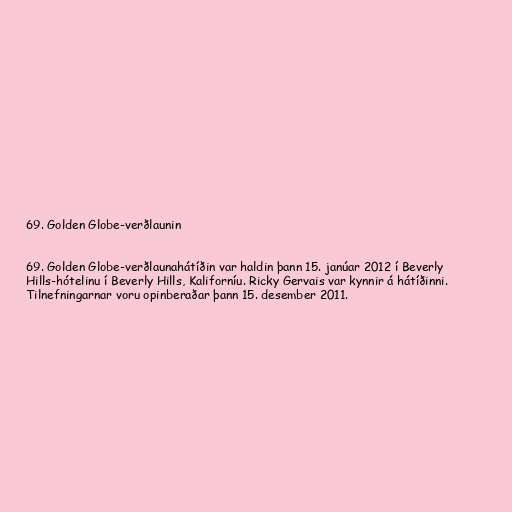
69. Golden Globe-verðlaunin

69. Golden Globe-verðlaunahátíðin var haldin þann 15. janúar 2012 í Beverly
Hills-hótelinu í Beverly Hills, Kaliforníu. Ricky Gervais var kynnir á hátíðinni.
Tilnefningarnar voru opinberaðar þann 15. desember 2011.